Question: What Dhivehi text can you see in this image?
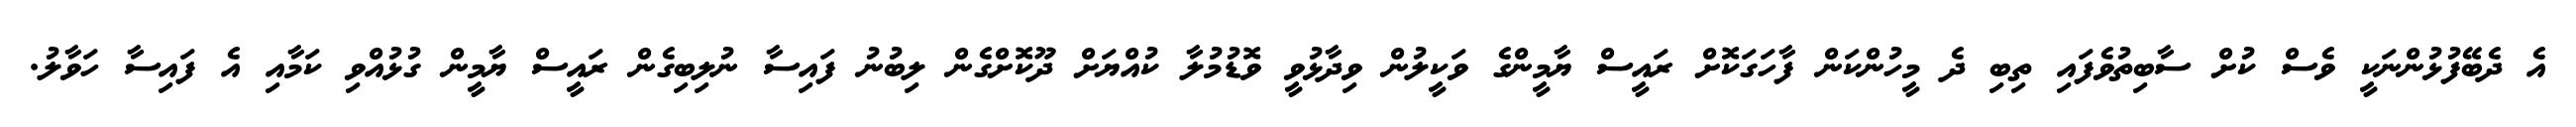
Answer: އެ ދެބޭފުޅުންނަކީ ވެސް ކުށް ސާބިތުވެފައި ތިބި ދެ މީހުންކަން ފާހަގަކޮށް ރައީސް ޔާމީންގެ ވަކީލުން ވިދާޅުވީ ވޮޑުމުލާ ކުއްޔަށް ދޫކޮށްގެން ލިބުނު ފައިސާ ނުލިބިގެން ރައީސް ޔާމީން ގުޅުއްވި ކަމާއި އެ ފައިސާ ހަވާލު.